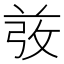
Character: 𰱋